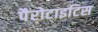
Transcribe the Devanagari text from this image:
पैरोटाइटिस